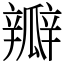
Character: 瓣